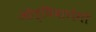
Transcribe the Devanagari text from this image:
ओत्यिवारोंगो